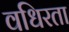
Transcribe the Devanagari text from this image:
वधिरता